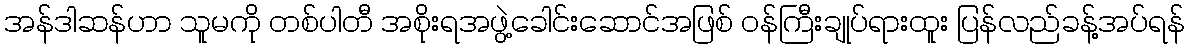
အန်ဒါဆန်ဟာ သူမကို တစ်ပါတီ အစိုးရအဖွဲ့ခေါင်းဆောင်အဖြစ် ဝန်ကြီးချုပ်ရားထူး ပြန်လည်ခန့်အပ်ရန်